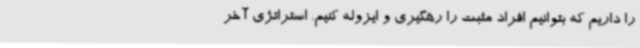
را داریم که بتوانیم افراد مثبت را رهگیری و ایزوله کنیم. استراتژی آخر